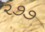
૨૭૭